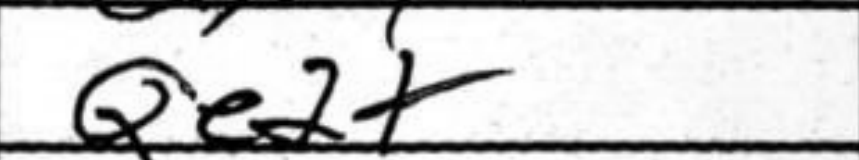
Transcription: Qe2+